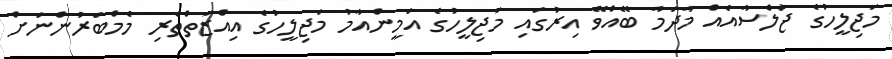
މަޖިލީހުގެ ޖަލްސާއެއް މާދަމާ ބޭއްވޭ އިރުގައި މަޖިލީހުގެ އަމީންއާމު މަޖިލީހުގެ އިއްޒަތްތެރި މެމްބަރުންނަށް